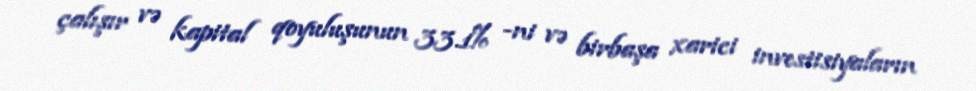
çalışır və kapital qoyuluşunun 33.1% -ni və birbaşa xarici investisiyaların